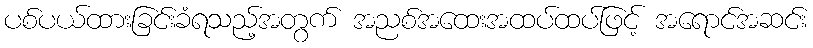
ပစ်ပယ်ထားခြင်းခံရသည့်အတွက် အညစ်အထေးအထပ်ထပ်ဖြင့် အရောင်အဆင်း